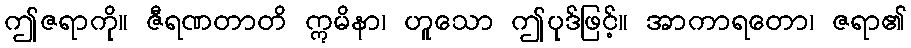
ဤဇရာကို။ ဇီရဏတာတိ ဣမိနာ၊ ဟူသော ဤပုဒ်ဖြင့်။ အာကာရတော၊ ဇရာ၏